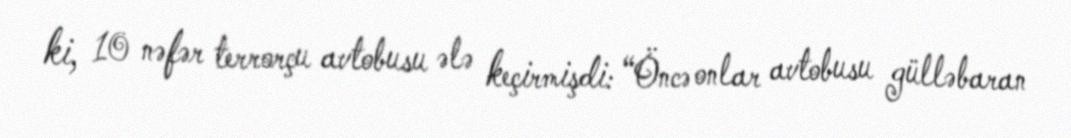
ki, 10 nəfər terrorçu avtobusu ələ keçirmişdi: “Öncə onlar avtobusu gülləbaran